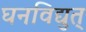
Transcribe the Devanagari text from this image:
घनविद्युत्